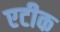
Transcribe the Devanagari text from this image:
एटीक